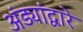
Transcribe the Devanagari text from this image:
अंड्यांद्वारे